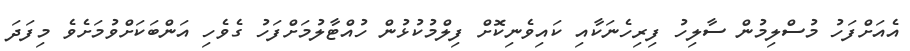
އެއަށްފަހު މުސްލިމުން ސާލިހު ފިރިހެނަކާއި ކައިވެނިކޮށް ފިލްމުކުޅުން ހުއްޓާލުމަށްފަހު ގެވެހި އަންބަކަށްވުމަށެވެ މިފަދަ